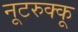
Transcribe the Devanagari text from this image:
नूटरुक्कू